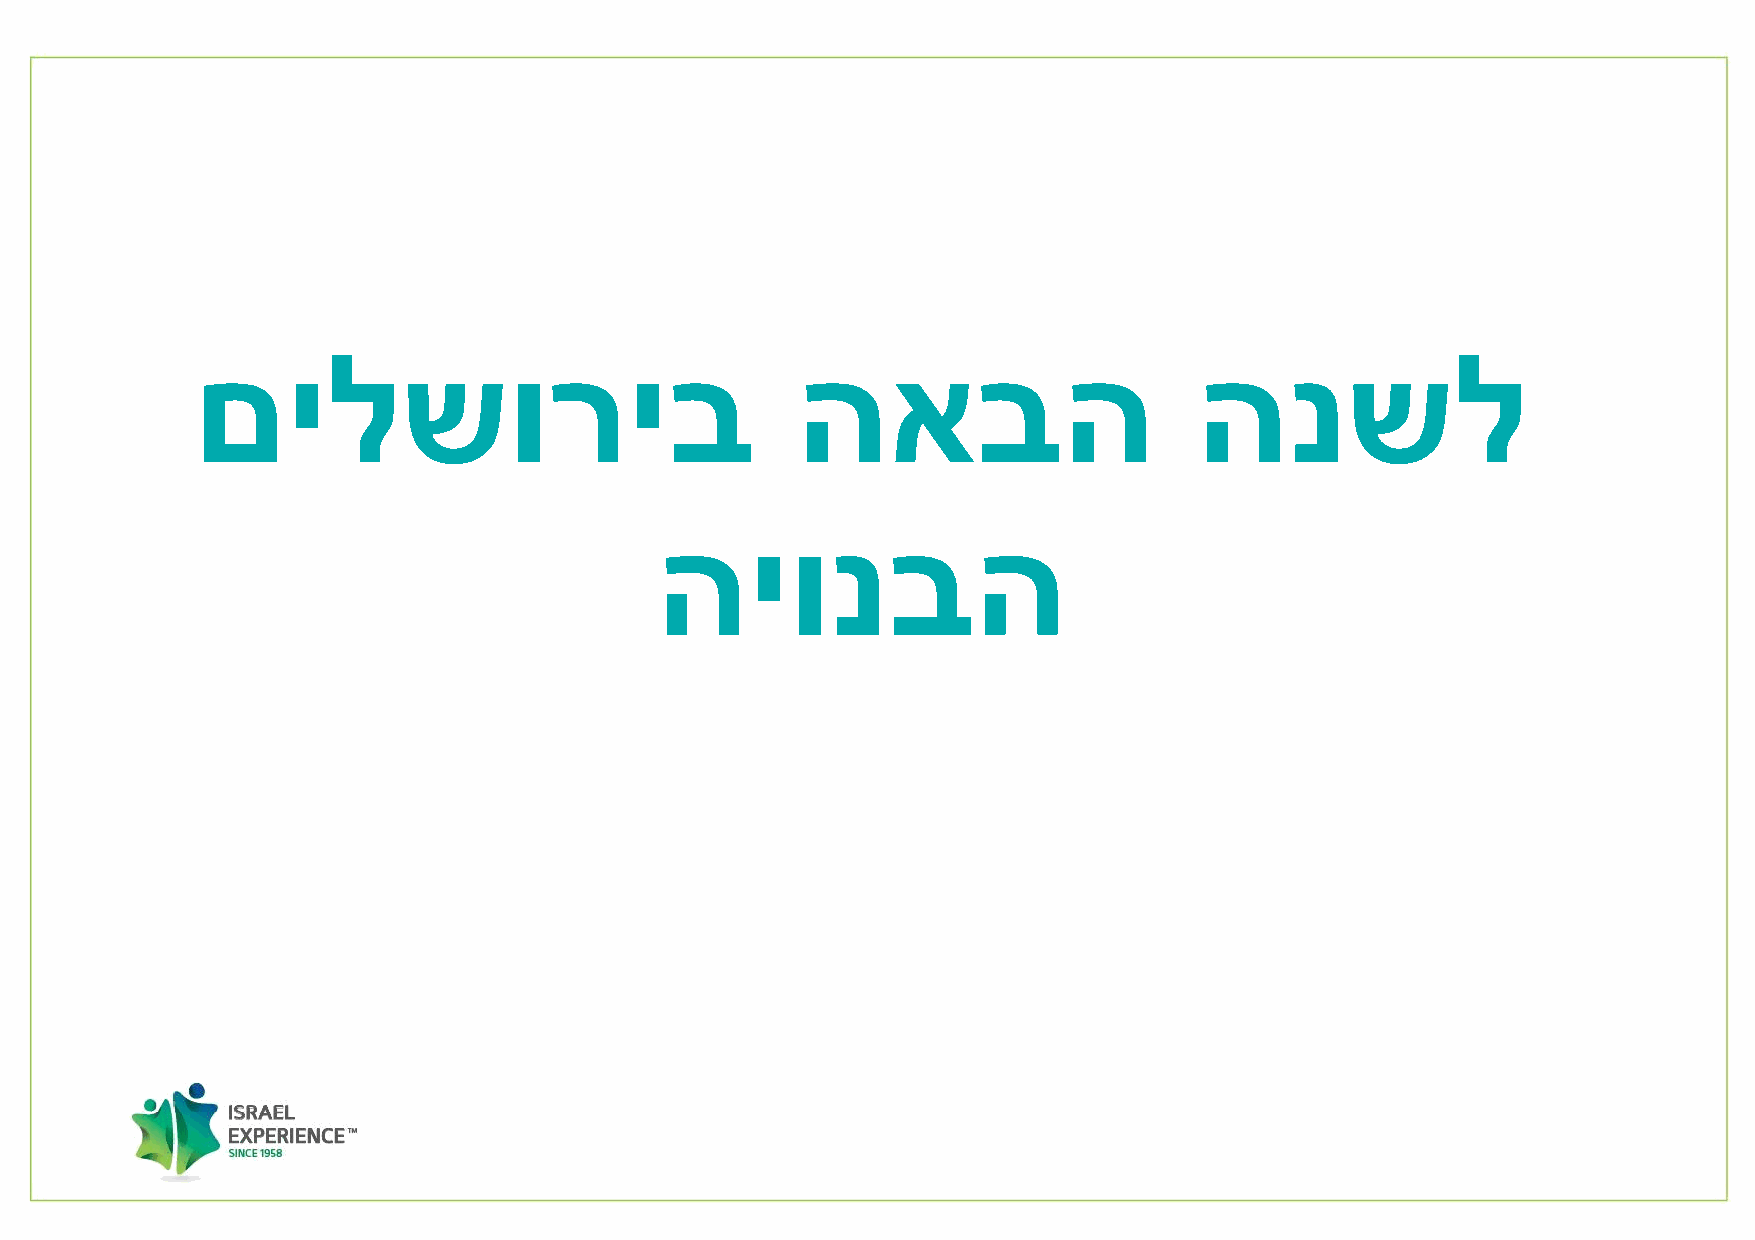
םילשוריב                                האבה                      הנשל
 היונבה
 10.08.11 DRAFT